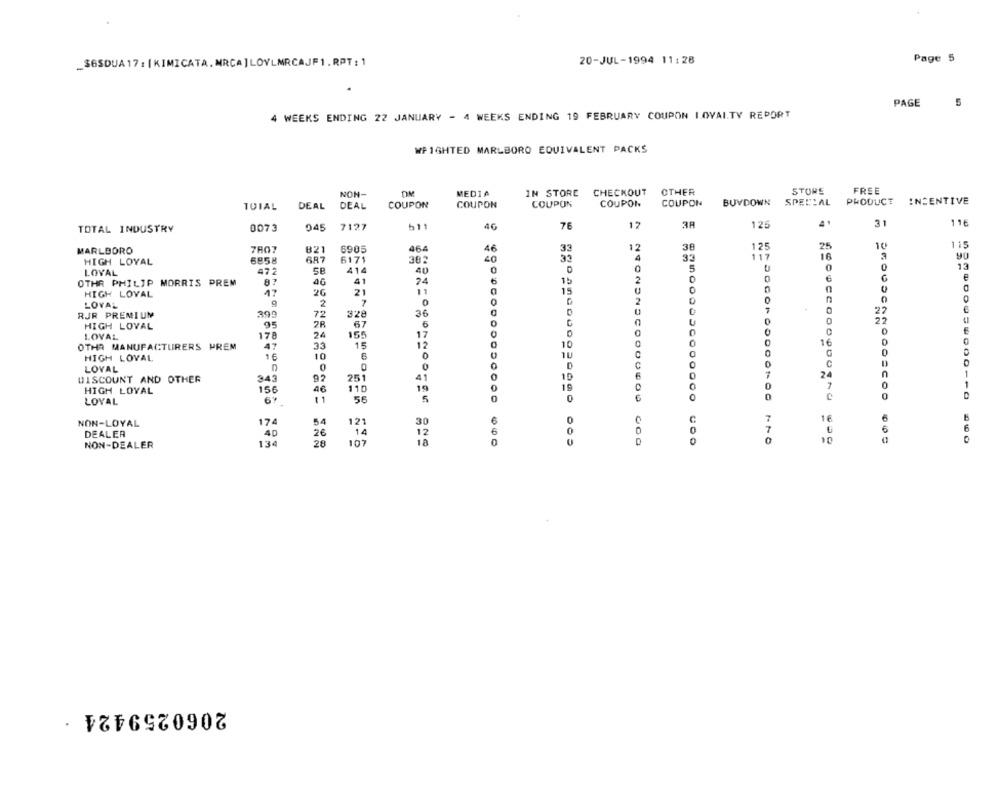
_36SDUA17: [KIMICATA.NRCA]LOYLMRCAJF1.RPT: 1
20-JUL-1994 11:28
Page 5
PAGE
5
4 WEEKS ENDING 22 JANUARY - 4 WEEKS ENDING 19 FEBRUARY COUPON LOVAITY REPORT
WEIGHTED MARLBORO EQUIVALENT PACKS
OTHER
STORE
FREE
NON-
DM
MEDIA
IN STORE CHECKOUT
TOIAL
DEAL
DEAL
COUPON
COUPON
COUPON
COUPON
COUPON
BUYDOWN SPECIAL PRODUCT
INCENTIVE
11€
TOTAL INDUSTRY
0073
045
7127
h11
4G
76
12
38
125
4
31
36
125
25
10
115
MARLBORO
7807
821
6905
464
46
33
HIGH LOYAL
6858
687
6171
302
32
4
33
117
16
90
SE
414
40
0
5
0
0
13
LOYAL
472
0
e
OTHR PHILIP MORRIS PREM
40
41
74
6
2
HIGH LOVAL
17
26
21
11
15
0
7
2
0
LOYAL
2
RJR PREMIUM
399
72
328
22
2F
67
6
0
0
22
HIGH LOVAL
0
0
LOVAL
178
24
155
17
0
OTHR MANUFACTURERS PREM
33
15
12
10
16
HIGH LOVAL
10
6
0
0
0
D
LOYAL
0
1
DISCOUNT AND OTHER
343
92
251
41
7
24
n
156
19
19
0
1
HIGH LOYAL
46
110
0
0
LOVAL
61
56
5
0
0
6
0
[@000000000
174
6
0
C
7
6
NON-LOYAL
54
121
30
6
6
DEALER
40
2€
14
12
0
0
0
134
28
107
18
0
0
10
NON-DEALER
2060259424 ·